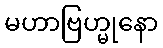
မဟာဗြဟ္မုနော